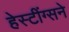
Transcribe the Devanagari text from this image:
हेस्टींग्सने